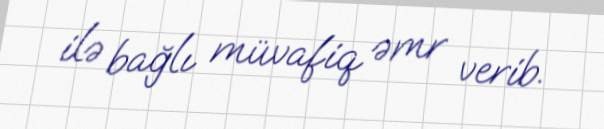
ilə bağlı müvafiq əmr verib.